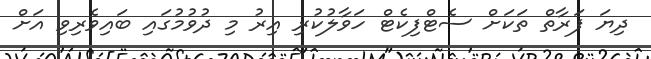
ދިޔަ ފަރާތް ތަކަށް ސެޓްފިކެޓް ހަވާލުކުރި އިރު މި ދުވުމުގައި ބައިވެރިވި އަށް